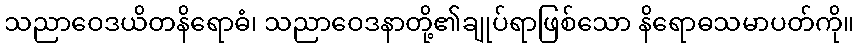
သညာဝေဒယိတနိရောဓံ၊ သညာဝေဒနာတို့၏ချုပ်ရာဖြစ်သော နိရောဓသမာပတ်ကို။